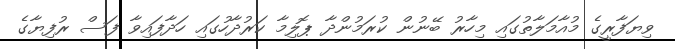
ވިޔަފާރީގެ މުއާމަލާތުގައި މިހާރު ބޭނުން ކުރަމުންދާ ޕޮލިމާ ކަރުދާހުގައި ހަދާފައިވާ ފަސް ރުފިޔާގެ